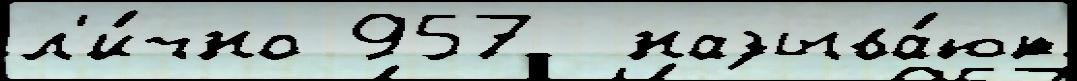
л'и́чно 957  называ́ют